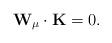
LaTeX: \begin{align*}{\bf W}_\mu\cdot{\bf K}=0.\end{align*}